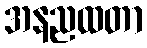
အနညထတာ